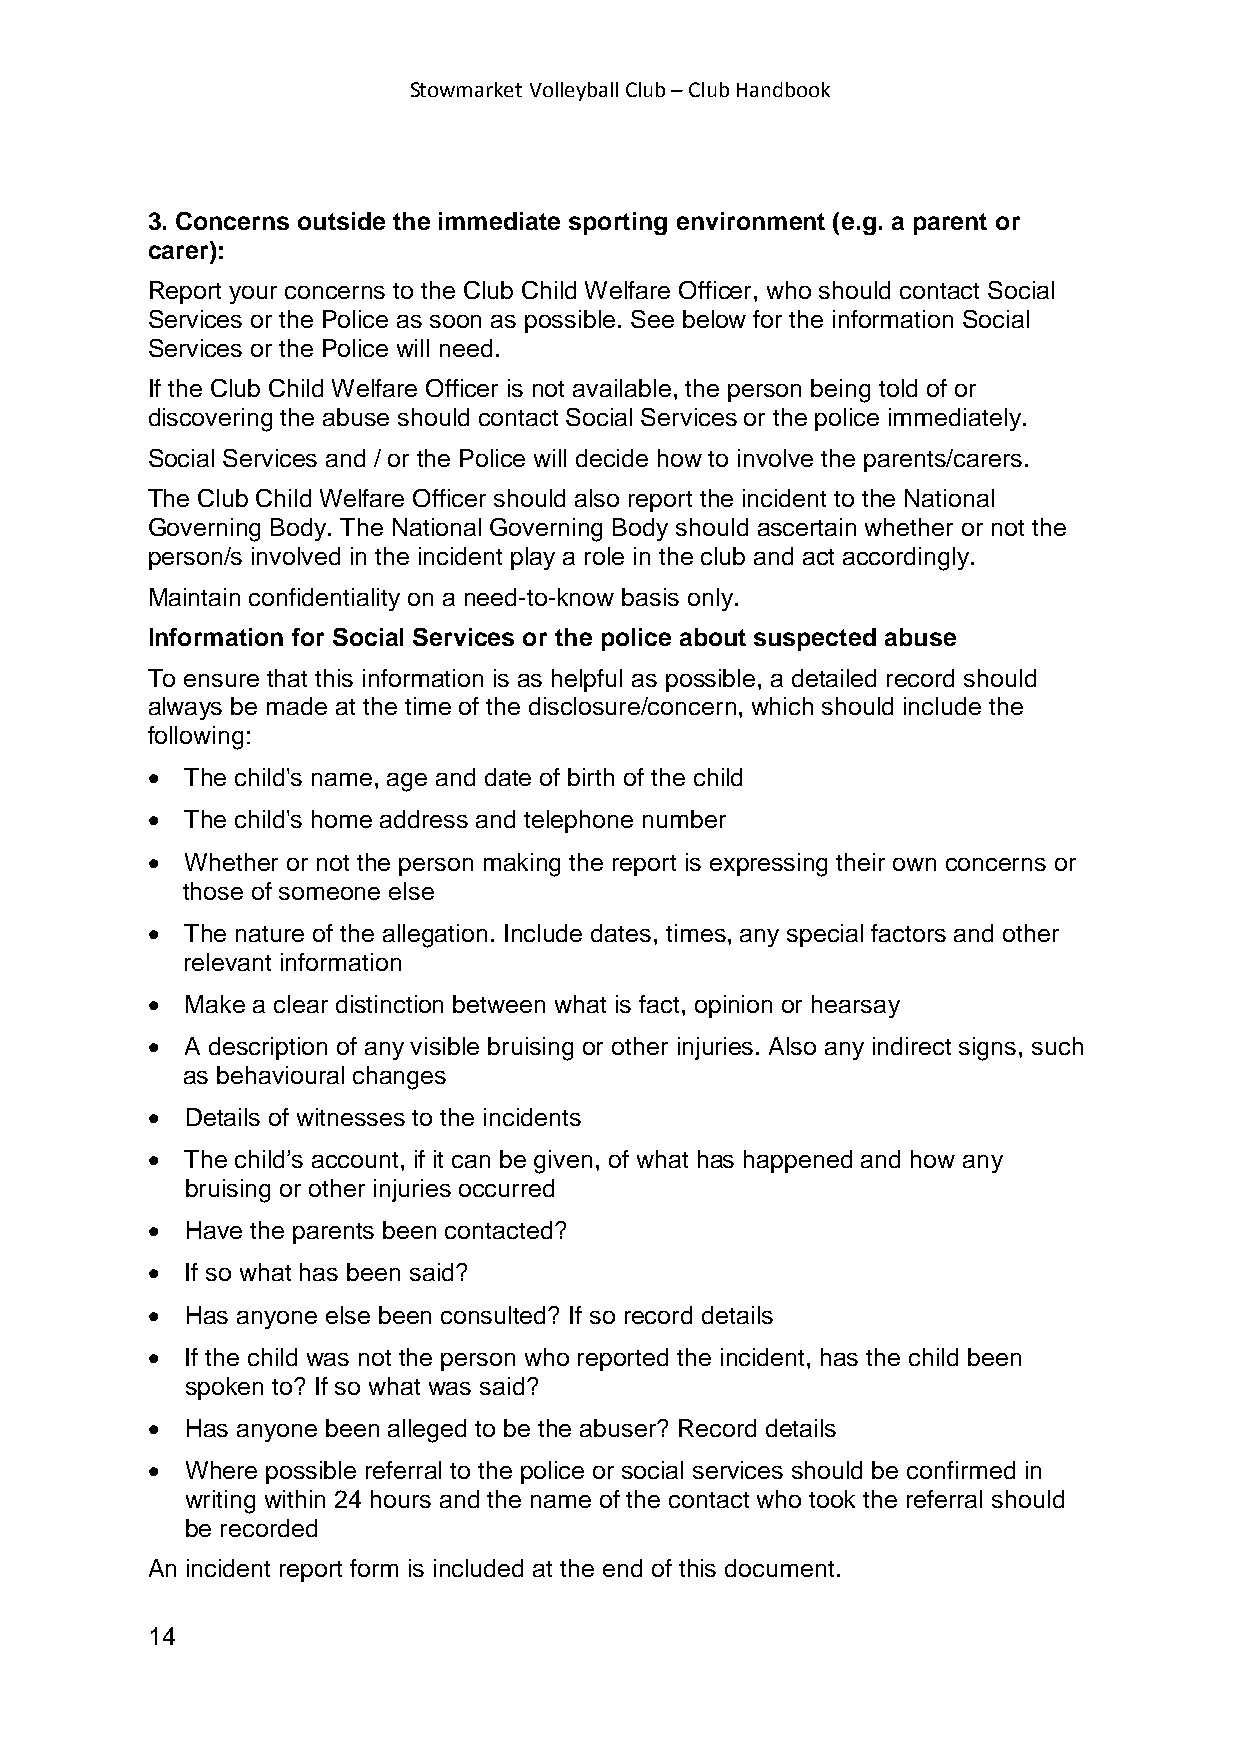
Stowmarket Volleyball Club – Club Handbook
 3. Concerns outside the immediate sporting environment (e.g. a parent or
 carer):
 Report your concerns to the Club Child Welfare Officer, who should contact Social
 Services or the Police as soon as possible. See below for the information Social
 Services or the Police will need.
 If the Club Child Welfare Officer is not available, the person being told of or
 discovering the abuse should contact Social Services or the police immediately.
 Social Services and / or the Police will decide how to involve the parents/carers.
 The Club Child Welfare Officer should also report the incident to the National
 Governing Body. The National Governing Body should ascertain whether or not the
 person/s involved in the incident play a role in the club and act accordingly.
 Maintain confidentiality on a need-to-know basis only.
 Information for Social Services or the police about suspected abuse
 To ensure that this information is as helpful as possible, a detailed record should
 always be made at the time of the disclosure/concern, which should include the
 following:
 • The child's name, age and date of birth of the child
 • The child's home address and telephone number
 • Whether or not the person making the report is expressing their own concerns or
 those of someone else
 • The nature of the allegation. Include dates, times, any special factors and other
 relevant information
 • Make a clear distinction between what is fact, opinion or hearsay
 • A description of any visible bruising or other injuries. Also any indirect signs, such
 as behavioural changes
 • Details of witnesses to the incidents
 • The child’s account, if it can be given, of what has happened and how any
 bruising or other injuries occurred
 • Have the parents been contacted?
 • If so what has been said?
 • Has anyone else been consulted? If so record details
 • If the child was not the person who reported the incident, has the child been
 spoken to? If so what was said?
 • Has anyone been alleged to be the abuser? Record details
 • Where possible referral to the police or social services should be confirmed in
 writing within 24 hours and the name of the contact who took the referral should
 be recorded
 An incident report form is included at the end of this document.
 14